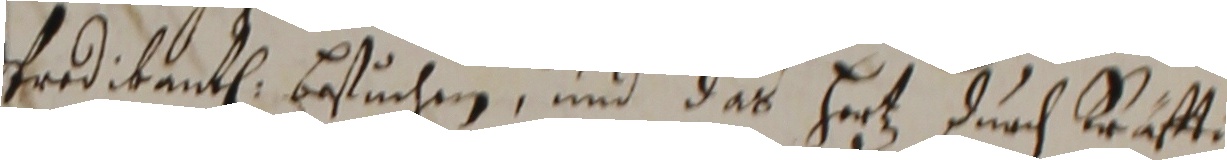
erdikanten bestuchen und das hertz durch kräft.